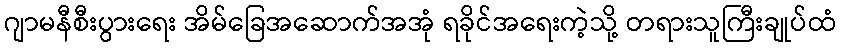
ဂျာမနီစီးပွားရေး အိမ်ခြေအဆောက်အအုံ ရခိုင်အရေးကဲ့သို့ တရားသူကြီးချုပ်ထံ